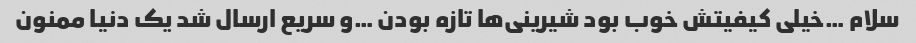
سلام …خیلی کیفیتش خوب بود شیرینی‌ها تازه بودن …و سریع ارسال شد یک دنیا ممنون